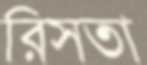
রিসতা